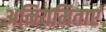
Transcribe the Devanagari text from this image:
अनियमिताएं